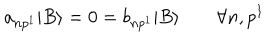
a _ { n p ^ { 1 } } | B \rangle = 0 = b _ { n p ^ { 1 } } | B \rangle \qquad \forall n , p ^ { 1 }